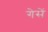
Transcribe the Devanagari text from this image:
गेसें